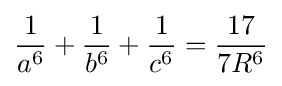
{\frac {1}{a^{6}}}+{\frac {1}{b^{6}}}+{\frac {1}{c^{6}}}={\frac {17}{7R^{6}}}